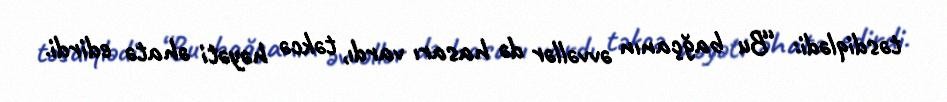
təsdiqlədi: “Bu bağçanın əvvəllər də hasarı vardı, təkcə həyəti əhatə edirdi.